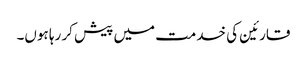
قارئین کی خدمت میں پیش کر رہا ہوں۔